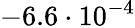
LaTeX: -6.6\cdot 10^{-4}